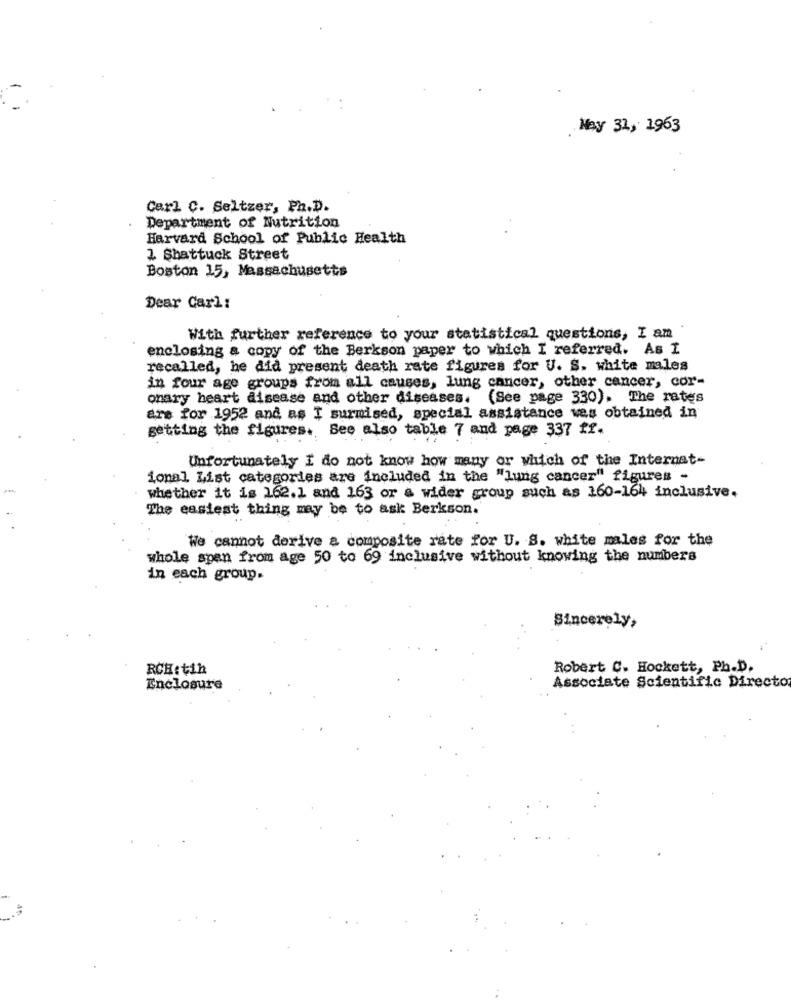
May 32, 1963
Carl C. Seltzer, Ph.D.
Department of Nutrition
Harvard School of Public Health
1 Shattuck Street
Boston 15, Massachusetts
Dear Carl:
With further reference to your statistical questions, I am
enclosing a copy of the Berkson paper to which I referred. As I
recalled, he did present death rate figures for U. S. white males
in four age groups from all causes, lung cancer, other cancer, cor-
onary heart disease and other diseases.
(See page 330). The rates
ars for 1952 and as I surmised, special assistance was obtained in
getting the figures. See also table 7 and page 337 ff.
Unfortunately I do not know how many or which of the Internat-
ional List categories are included in the "lung cancer" figures -
whether it is 162.1 and 163 or a wider group such as 160-164 inclusive.
The easiest thing may be to ask Berkson.
We cannot derive a composite rate for U. S. white males for the
whole spen from age 50 to 69 inclusive without knowing the numbers
in each group.
Sincerely,
RCH: tih
Robert C. Hockett, Ph.D.
Enclosure
Associate Scientific Directo